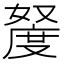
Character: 𫱩